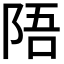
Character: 𫕁